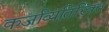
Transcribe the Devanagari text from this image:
कर्जाव्यतिरिक्त